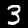
Label: 3